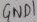
Text: 4ND1